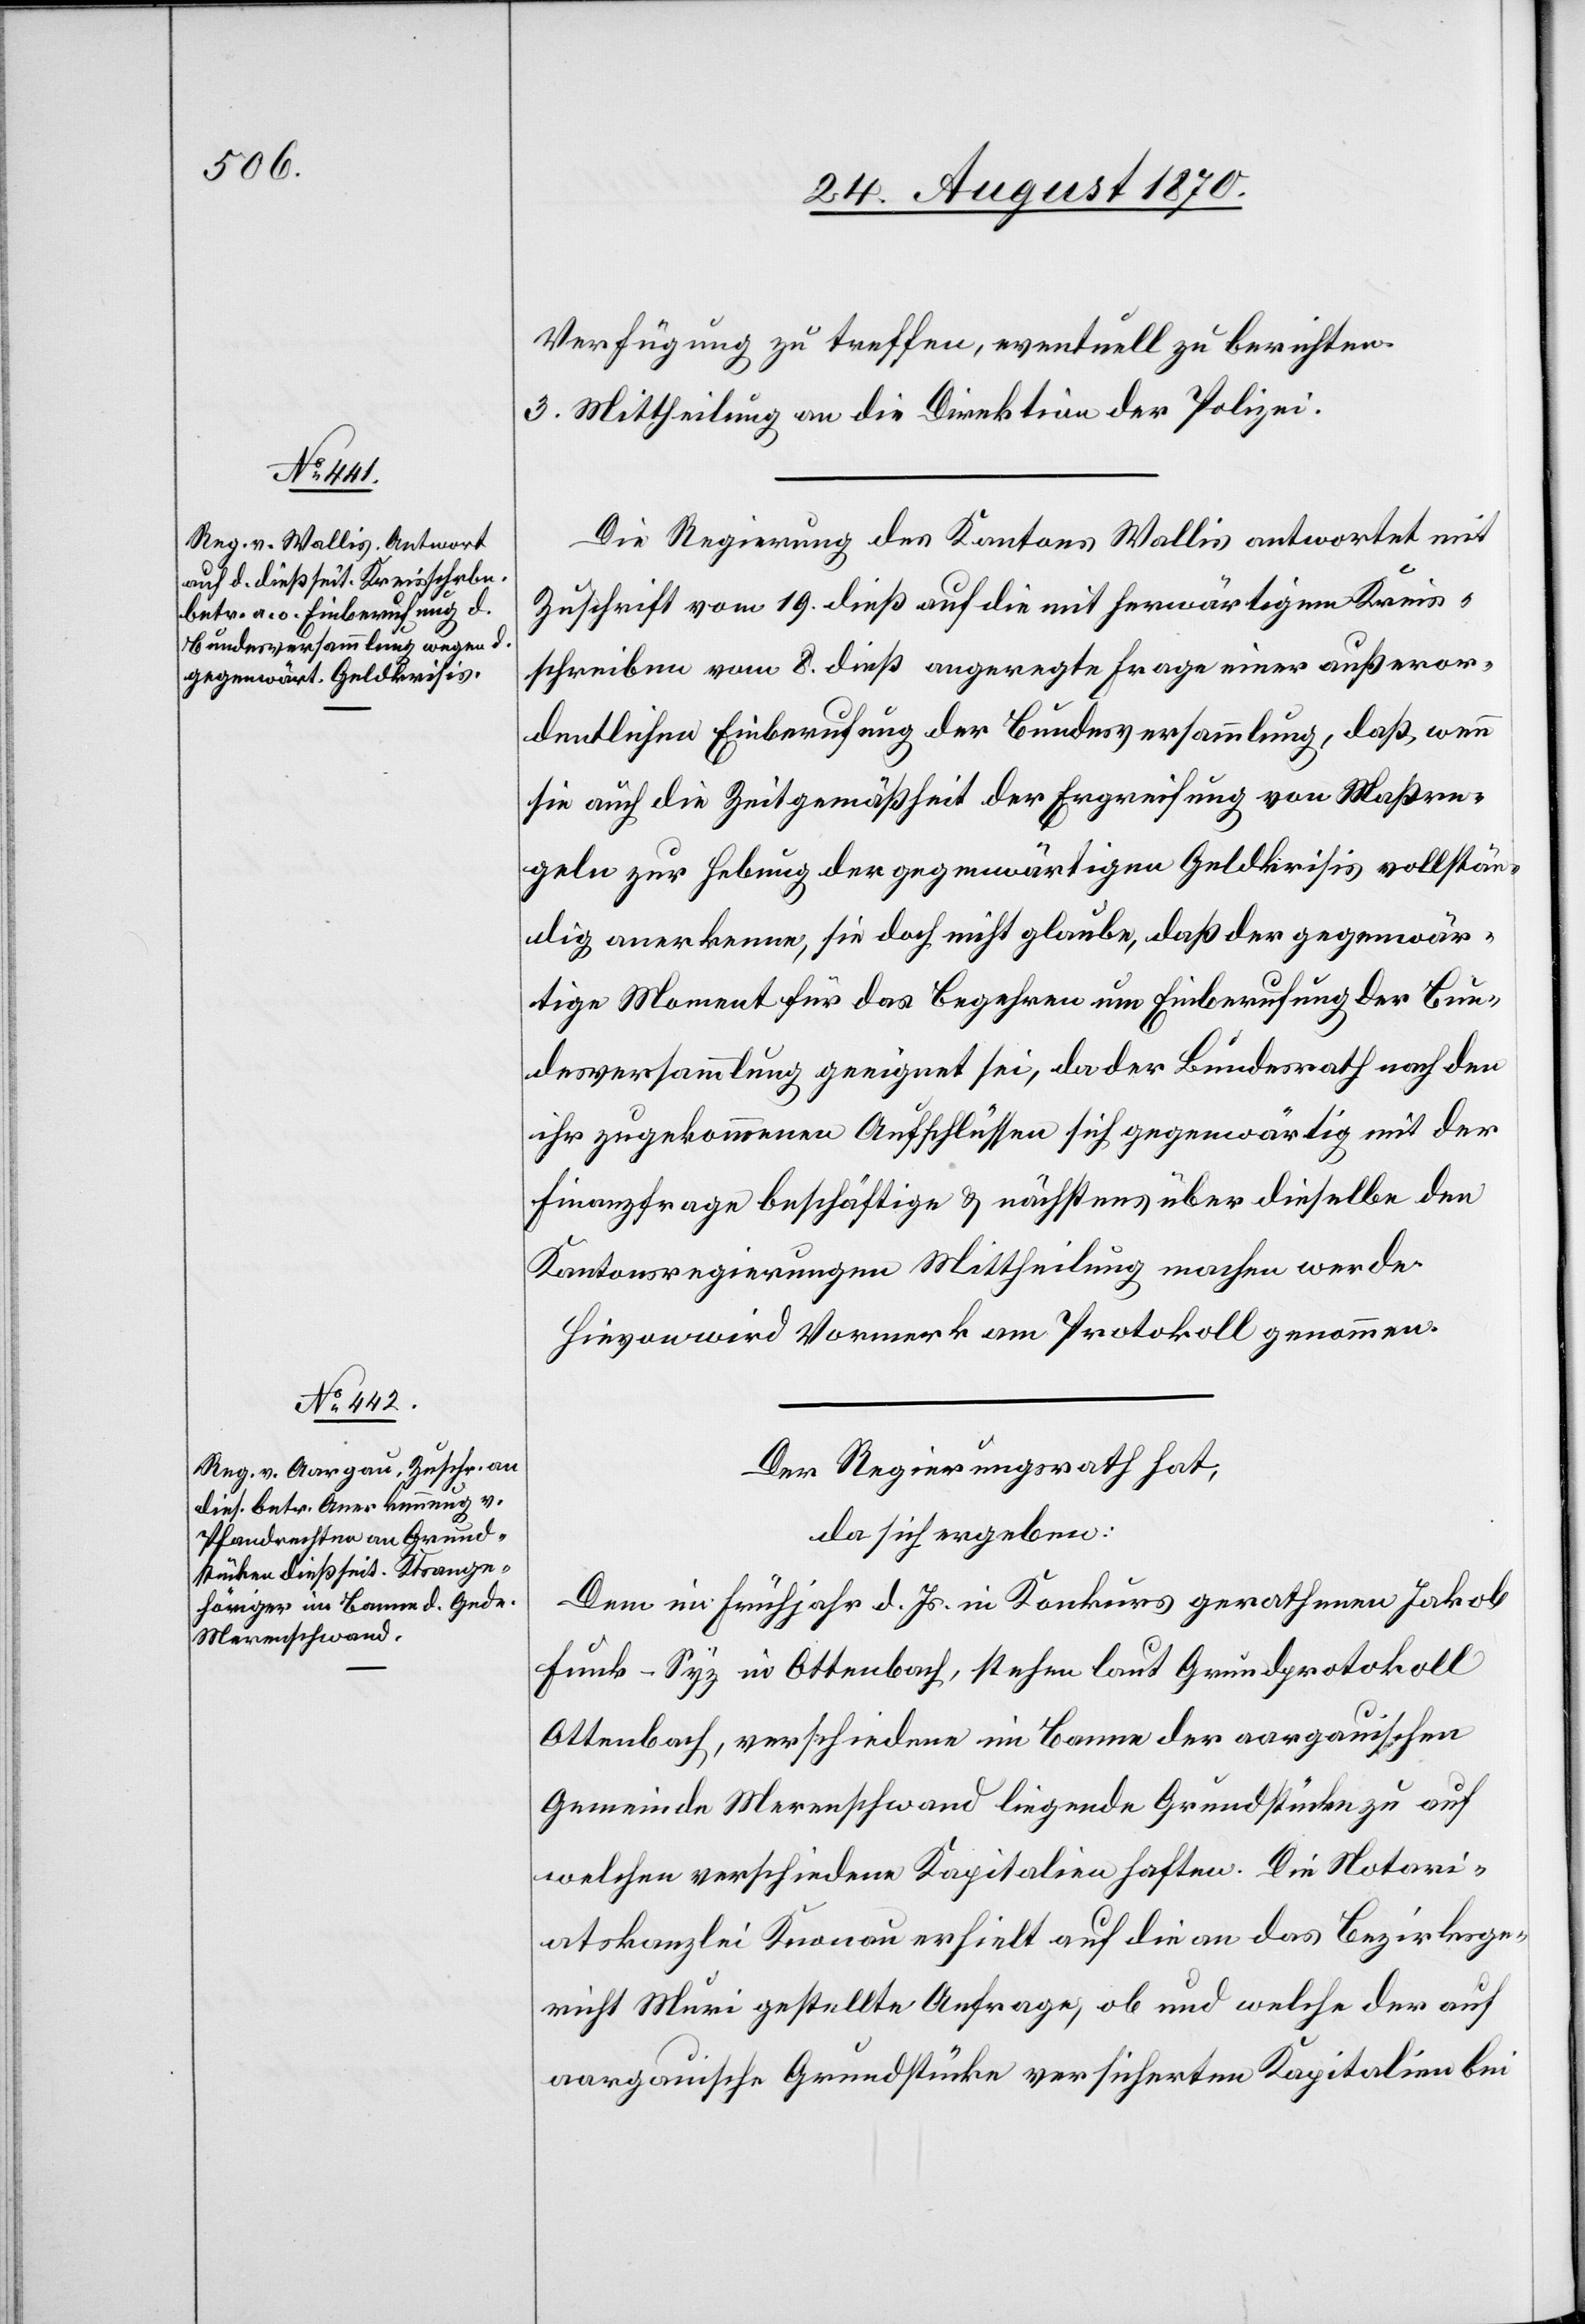
Verfügung zu treffen, eventuell zu berichten.
3. Mittheilung an die Direktion der Polizei.
Die Regierung des Kantons Wallis antwortet mit
Zuschrift vom 19. dieß auf die mit herwärtigem Kreis¬
schreiben vom 8. dieß angeregte Frage einer außeror¬
dentlichen Einberufung der Bundesversammlung, daß, wenn
sie auch die Zeitgemäßheit der Ergreifung von Maßre¬
geln zur Hebung der gegenwärtigen Geldkrisis vollstän¬
dig anerkenne, sie doch nicht glaube, daß der gegenwär¬
tige Moment für das Begehren um Einberufung der Bun¬
desversammlung geeignet sei, da der Bundesrath nach den
ihr zugekommenen Aufschlüssen sich gegenwärtig mit der
Finanzfrage beschäftige & nächstens über dieselbe den
Kantonsregierungen Mittheilung machen werde.
Hievon wird Vormerk am Protokoll genommen.
Der Regierungsrath hat,
da sich ergeben:
Dem im Frühjahr d. Js. in Konkurs gerathenen Jakob
Funk-Syz in Ottenbach, stehen laut Grundprotokoll
Ottenbach, verschiedene im Banne der aargauischen
Gemeinde Merenschwand liegende Grundstücke zu auf
welchen verschiedene Kapitalien haften. Die Notari¬
atskanzlei Knonau erhielt auf die an das Bezirksge¬
richt Muri gestellte Anfrage, ob und welche der auf
aargauische Grundstücke versicherten Kapitalien bei